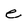
Character: e